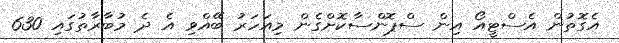
އެގޮތުން އެސްޓީއޯ އިން ސްޕޮންސާކޮށްގެން މިއަހަރު ބޭއްވި އެ ދެ މުބާރާތުގައި 630